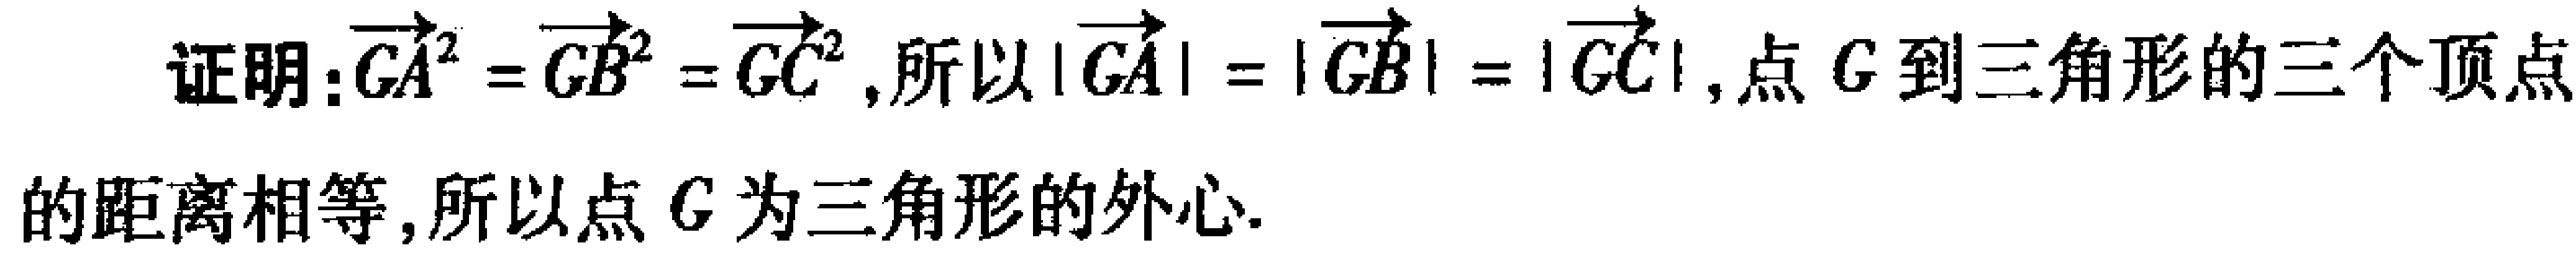
证明：\(\overrightarrow{GA}^{2} = \overrightarrow{GB}^{2} = \overrightarrow{GC}^{2}\)，所以\(|\overrightarrow{GA}| = |\overrightarrow{GB}| = |\overrightarrow{GC}|\)，点 \(G\) 到三角形的三个顶点的距离相等，所以点 \(G\) 为三角形的外心.